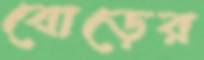
বোড়ের